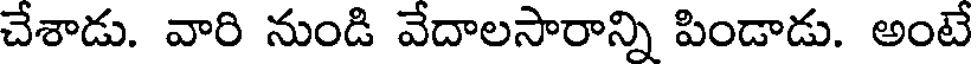
చేశాడు. వారి నుండి వేదాలసారాన్ని పిండాడు. అంటే